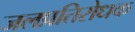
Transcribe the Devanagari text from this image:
जलप्रतिरोधक